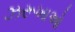
ઝરૂખાઓ